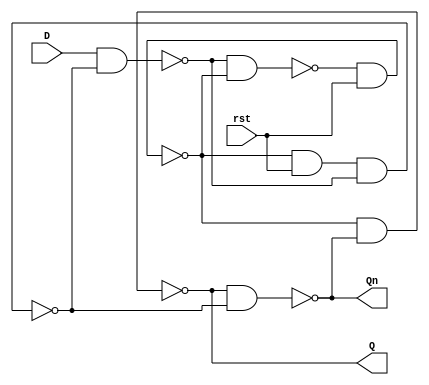
module D_FlipFlop(D,rst,Q,Qn);
 input D,rst;
 output Q,Qn;
 
 nand gate1 (w1,w4,w2);
 nand gate2 (w2,w1,rst);
 nand gate3 (w3,w2,rst,w4);
 nand gate4 (w4,D,w3);
 nand gate5 (Q,w2,Qn);
 nand gate6 (Qn,Q,w3);

endmodule